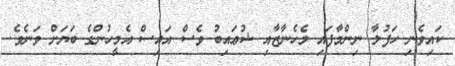
ކައިވެނި ހަފުލާ ނިންމާފައި މެހެނާޒާއި ޝުޢައިބު ވެސް އައިސް އެމީހުންގެ ބަޔަށް ވަނެވެ.